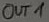
Text: OUT1